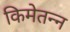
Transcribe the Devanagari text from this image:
किमेतन्न